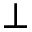
\bot